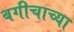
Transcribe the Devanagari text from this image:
बगीचाच्या